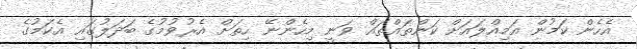
އެހެން ކަމުން އަމިއްލައަށް ކަންތައްތައް ވަނީ މިހެންނޭ ހިތަށް އެރުވުމުގެ ބަދަލުގައި އެކަމުގެ